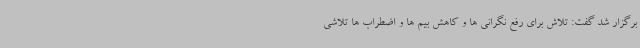
برگزار شد گفت: تلاش برای رفع نگرانی ها و کاهش بیم ها و اضطراب ها تلاشی